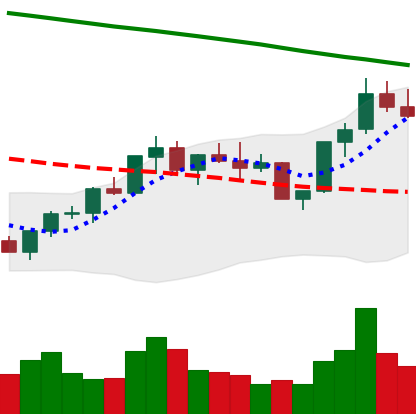
Ticker: BNB-USD
Chart end date: 2022-07-31
Forward return: 11.145%
Label: up_7plus